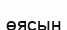
өясын